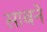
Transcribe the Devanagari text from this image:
साबने